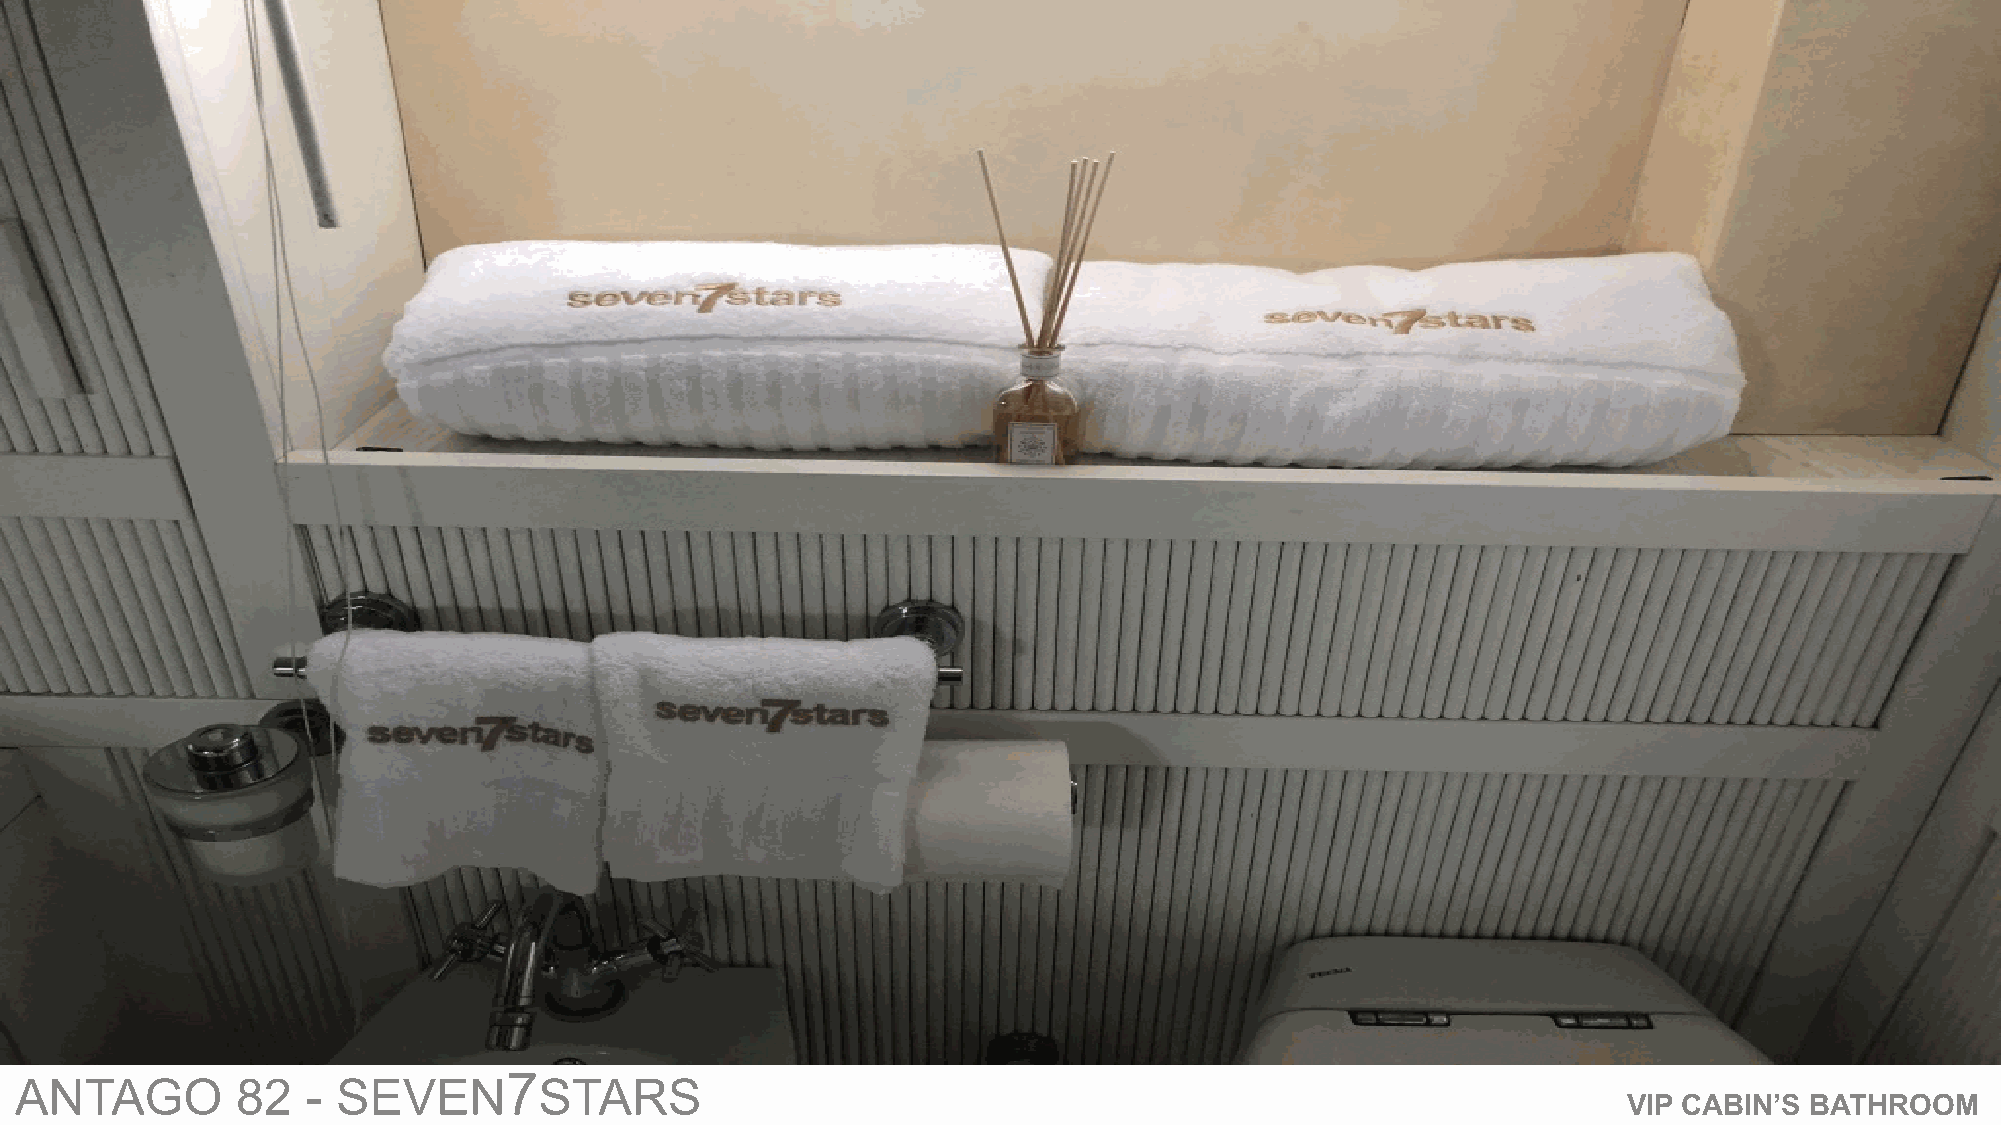
7
 ANTAGO         82  - SEVEN         STARS
 VIP CABIN’S BATHROOM